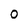
Character: 0